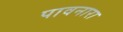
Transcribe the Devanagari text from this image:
पावनारा